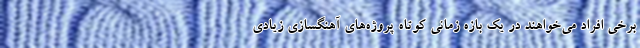
برخی افراد می‌خواهند در یک بازه زمانی کوتاه پروژه‌های آهنگسازی زیادی